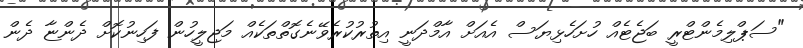
"ސަޕްލިމެންޓްރީ ބަޖެޓެއް ހުށަހެޅިޔަސް އެއަށް އާމްދަނީ އިތުރުކުރެވޭނެގޮތްތަކެއް މަޖިލީހުން ފަހިނުކޮށް ދެންޏާ ދެން